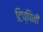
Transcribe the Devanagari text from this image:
टिप्पिनी